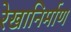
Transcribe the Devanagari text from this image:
रेखानिर्माण